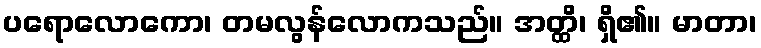
ပရောလောကော၊ တမလွန်လောကသည်။ အတ္ထိ၊ ရှိ၏။ မာတာ၊